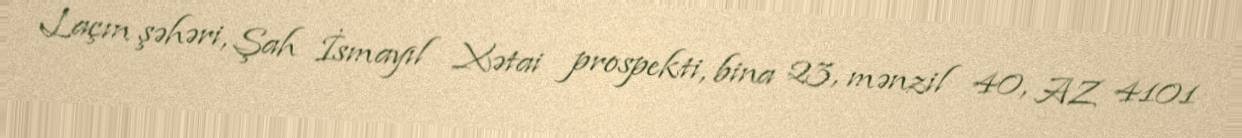
Laçın şəhəri, Şah İsmayıl Xətai prospekti, bina 23, mənzil 40, AZ 4101